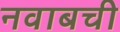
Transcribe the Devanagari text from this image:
नवाबची